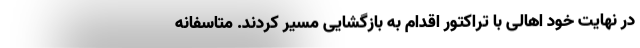
در نهایت خود اهالی با تراکتور اقدام به بازگشایی مسیر کردند. متاسفانه